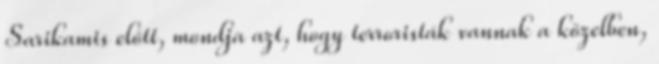
Sarikamis előtt, mondja azt, hogy terroristák vannak a közelben,